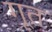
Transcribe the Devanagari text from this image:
गूत